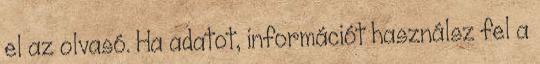
el az olvasó. Ha adatot, információt használsz fel a